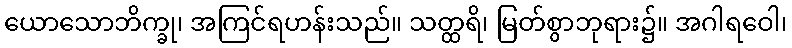
ယောသောဘိက္ခု၊ အကြင်ရဟန်းသည်။ သတ္ထရိ၊ မြတ်စွာဘုရား၌။ အဂါရဝေါ၊